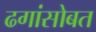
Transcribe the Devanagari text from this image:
ढगांसोबत